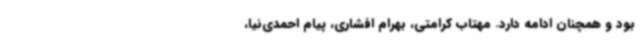
بود و همچنان ادامه دارد. مهتاب کرامتی، بهرام افشاری، پیام احمدی‌نیا،